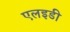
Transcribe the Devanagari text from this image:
एलइडी